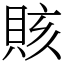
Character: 賅